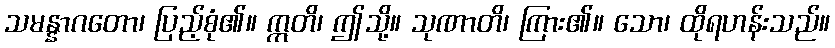
သမန္နာဂတော၊ ပြည့်စုံ၏။ ဣတိ၊ ဤသို့။ သုဏာတိ၊ ကြား၏။ သော၊ ထိုရဟန်းသည်။